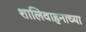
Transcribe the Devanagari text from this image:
शालिवाहनाच्या